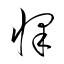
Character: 懌